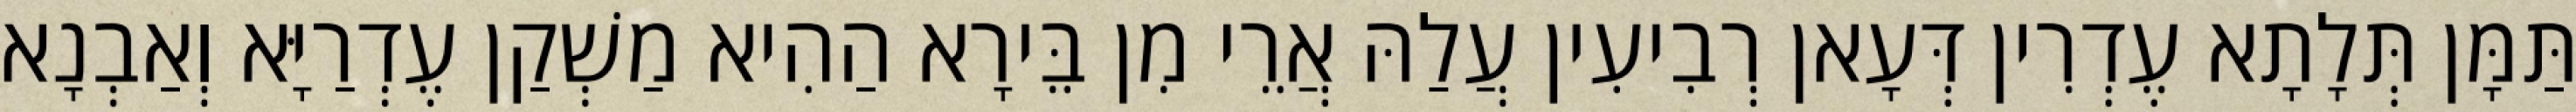
תַּמָּן תְּלָתָא עֶדְרִין דְּעָאן רְבִיעִין עֲלַהּ אֲרֵי מִן בֵּירָא הַהִיא מַשְׁקַן עֶדְרַיָּא וְאַבְנָא